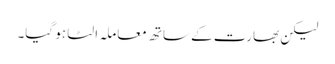
لیکن بھارت کے ساتھ معاملہ الٹا ہو گیا۔